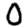
Digit: 0